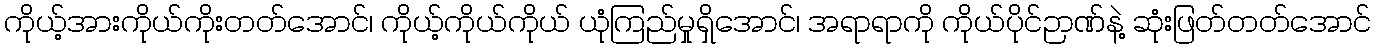
ကိုယ့်အားကိုယ်ကိုးတတ်အောင်၊ ကိုယ့်ကိုယ်ကိုယ် ယုံကြည်မှုရှိအောင်၊ အရာရာကို ကိုယ်ပိုင်ဉာဏ်နဲ့ ဆုံးဖြတ်တတ်အောင်